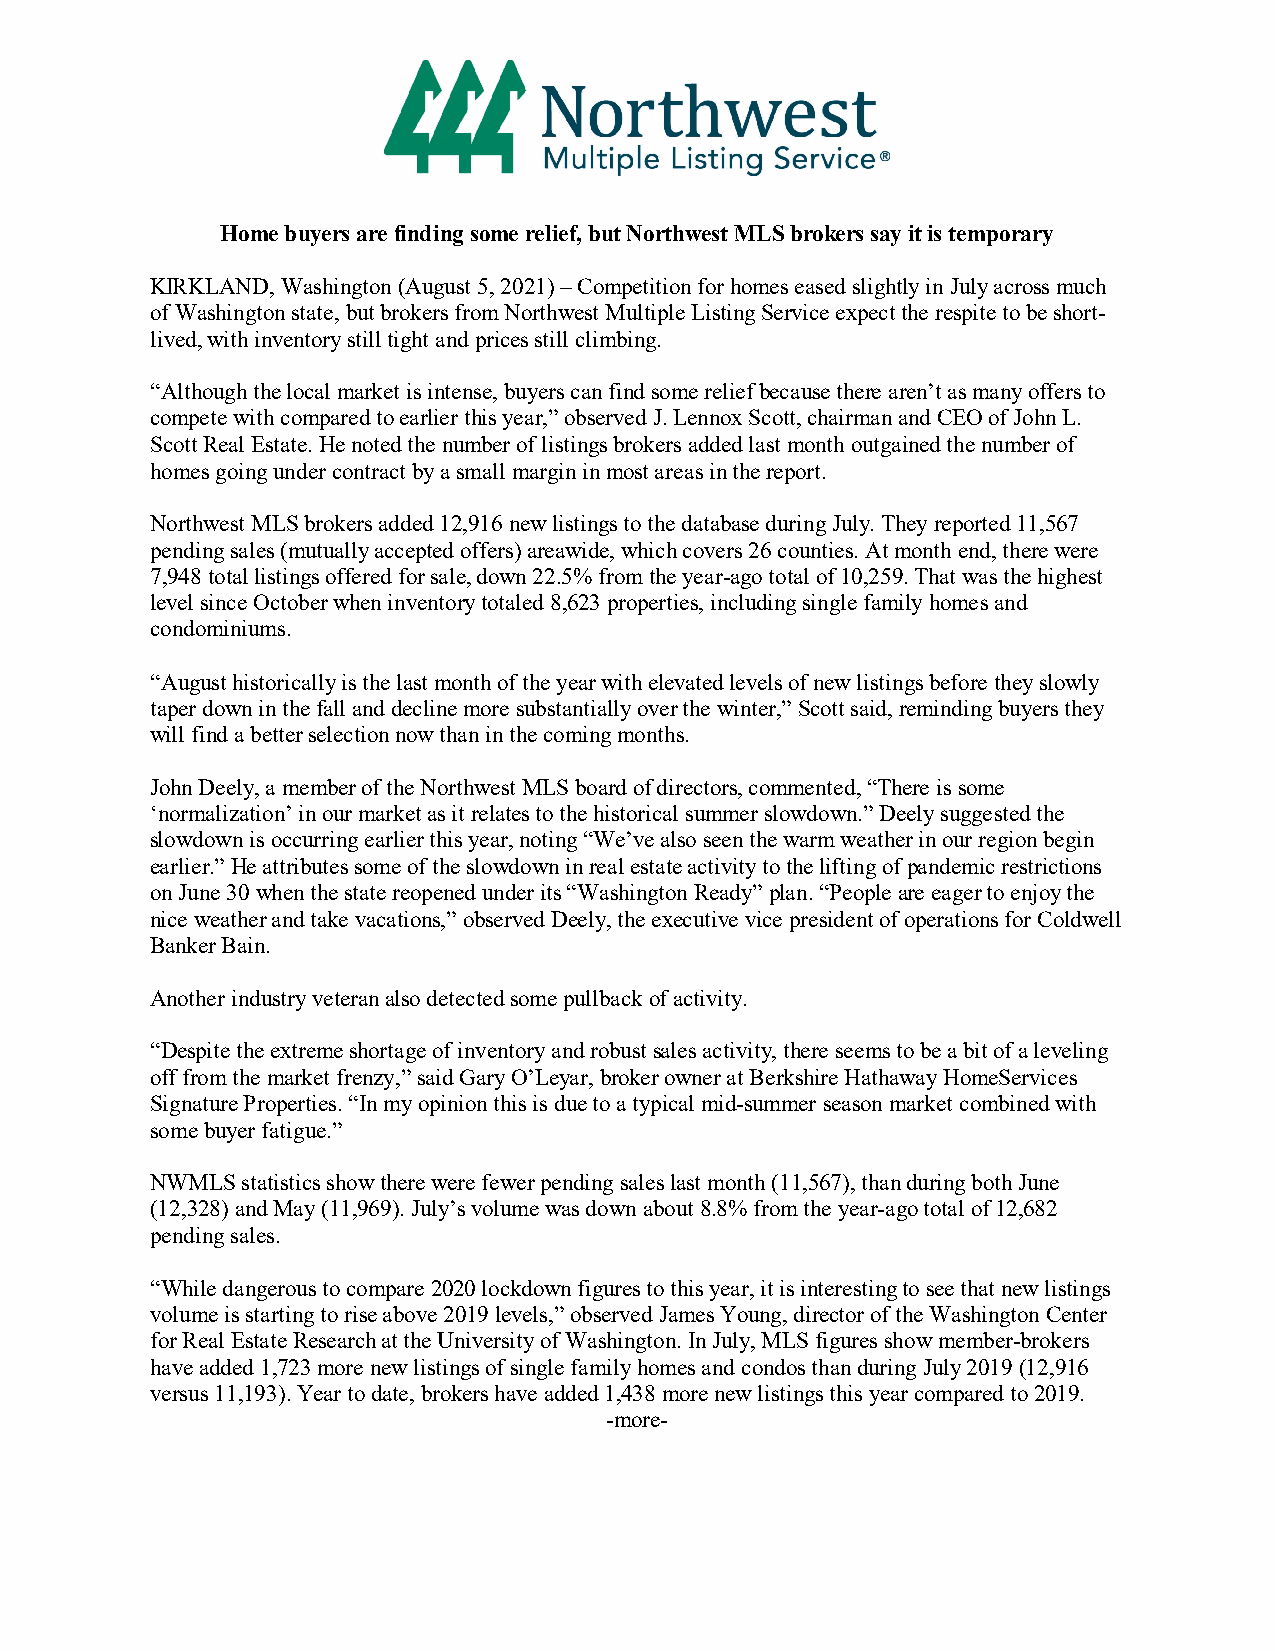
Home buyers are finding some relief, but Northwest MLS brokers say it is temporary
 KIRKLAND, Washington (August 5, 2021) – Competition for homes eased slightly in July across much
 of Washington state, but brokers from Northwest Multiple Listing Service expect the respite to be short-
 lived, with inventory still tight and prices still climbing.
 “Although the local market is intense, buyers can find some relief because there aren’t as many offers to
 compete with compared to earlier this year,” observed J. Lennox Scott, chairman and CEO of John L.
 Scott Real Estate. He noted the number of listings brokers added last month outgained the number of
 homes going under contract by a small margin in most areas in the report.
 Northwest MLS brokers added 12,916 new listings to the database during July. They reported 11,567
 pending sales (mutually accepted offers) areawide, which covers 26 counties. At month end, there were
 7,948 total listings offered for sale, down 22.5% from the year-ago total of 10,259. That was the highest
 level since October when inventory totaled 8,623 properties, including single family homes and
 condominiums.
 “August historically is the last month of the year with elevated levels of new listings before they slowly
 taper down in the fall and decline more substantially over the winter,” Scott said, reminding buyers they
 will find a better selection now than in the coming months.
 John Deely, a member of the Northwest MLS board of directors, commented, “There is some
 ‘normalization’ in our market as it relates to the historical summer slowdown.” Deely suggested the
 slowdown is occurring earlier this year, noting “We’ve also seen the warm weather in our region begin
 earlier.” He attributes some of the slowdown in real estate activity to the lifting of pandemic restrictions
 on June 30 when the state reopened under its “Washington Ready” plan. “People are eager to enjoy the
 nice weather and take vacations,” observed Deely, the executive vice president of operations for Coldwell
 Banker Bain.
 Another industry veteran also detected some pullback of activity.
 “Despite the extreme shortage of inventory and robust sales activity, there seems to be a bit of a leveling
 off from the market frenzy,” said Gary O’Leyar, broker owner at Berkshire Hathaway HomeServices
 Signature Properties. “In my opinion this is due to a typical mid-summer season market combined with
 some buyer fatigue.”
 NWMLS statistics show there were fewer pending sales last month (11,567), than during both June
 (12,328) and May (11,969). July’s volume was down about 8.8% from the year-ago total of 12,682
 pending sales.
 “While dangerous to compare 2020 lockdown figures to this year, it is interesting to see that new listings
 volume is starting to rise above 2019 levels,” observed James Young, director of the Washington Center
 for Real Estate Research at the University of Washington. In July, MLS figures show member-brokers
 have added 1,723 more new listings of single family homes and condos than during July 2019 (12,916
 versus 11,193). Year to date, brokers have added 1,438 more new listings this year compared to 2019.
 -more-